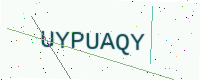
Text: UYPUAQY